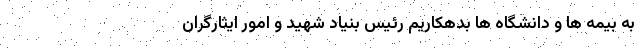
به بیمه ها و دانشگاه ها بدهکاریم رئیس بنیاد شهید و امور ایثارگران